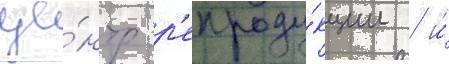
це́нтр р'епроду́кции / и́